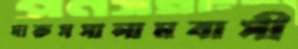
দারুসসালামবাসী